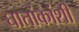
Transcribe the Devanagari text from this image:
घातांकांशी